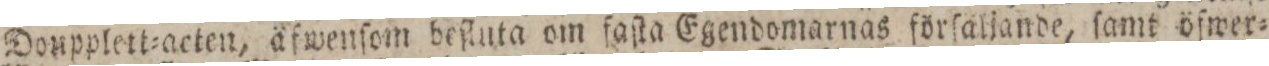
Donpplett=acten, äfwenſom beſluta om faſta Egendomarnas förſaljande, ſamt öfwer=